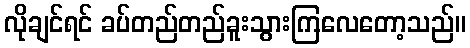
လိုချင်ရင် ခပ်တည်တည်ခူးသွားကြလေတော့သည်။